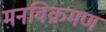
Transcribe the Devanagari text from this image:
मनविक्रमण